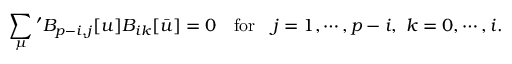
\sum _ { \mu } { } ^ { \prime } B _ { p - i , j } [ u ] B _ { i k } [ \bar { u } ] = 0 \quad \mathrm { f o r } \quad j = 1 , \cdots , p - i , \ k = 0 , \cdots , i .